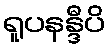
ရူပနန္ဒီပိ